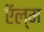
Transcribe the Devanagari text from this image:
ऍल्म